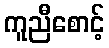
ကူညီစောင့်